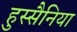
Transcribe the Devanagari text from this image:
हुस्सैनिया